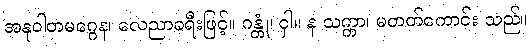
အနုဝါတမဂ္ဂေန၊ လေညာခရီးဖြင့်။ ဂန္တုံ၊ ငှါ။ န သက္ကာ၊ မတတ်ကောင်း သည်။